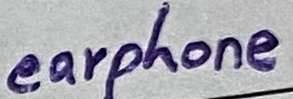
Text: earphone